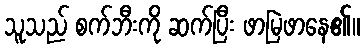
သူသည် စက်ဘီးကို ဆက်ပြီး ဖာမြဲဖာနေ၏။